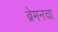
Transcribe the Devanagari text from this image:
ब्रेमनचा